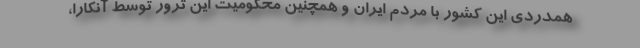
همدردی این کشور با مردم ایران و همچنین محکومیت این ترور توسط آنکارا،